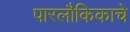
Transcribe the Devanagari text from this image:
पारलौकिकाचे